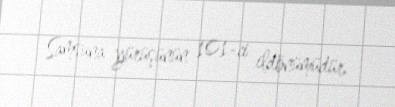
Samsuna yürüşünün 101-ci ildönümüdür.